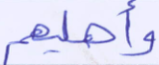
وأهليهم